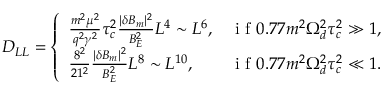
D _ { L L } = \left\{ \begin{array} { l l } { \frac { m ^ { 2 } \mu ^ { 2 } } { q ^ { 2 } \gamma ^ { 2 } } \tau _ { c } ^ { 2 } \frac { | \delta B _ { m } | ^ { 2 } } { B _ { E } ^ { 2 } } L ^ { 4 } \sim L ^ { 6 } , } & { \mathrm { ~ i ~ f ~ } 0 . 7 7 m ^ { 2 } \Omega _ { d } ^ { 2 } \tau _ { c } ^ { 2 } \gg 1 , } \\ { \frac { 8 ^ { 2 } } { 2 1 ^ { 2 } } \frac { | \delta B _ { m } | ^ { 2 } } { B _ { E } ^ { 2 } } L ^ { 8 } \sim L ^ { 1 0 } , } & { \mathrm { ~ i ~ f ~ } 0 . 7 7 m ^ { 2 } \Omega _ { d } ^ { 2 } \tau _ { c } ^ { 2 } \ll 1 . } \end{array} \right.